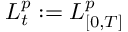
L _ { t } ^ { p } : = L _ { [ 0 , T ] } ^ { p }